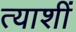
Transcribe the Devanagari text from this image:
त्याशीं